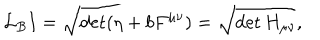
\mathcal { L } _ { B } I = \sqrt { \det ( \eta + b F ^ { \mu \nu } ) } = \sqrt { \det H _ { \mu \nu } } ,